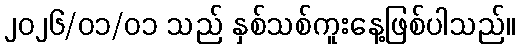
၂၀၂၆/၀၁/၀၁ သည် နှစ်သစ်ကူးနေ့ဖြစ်ပါသည်။